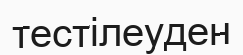
тестілеуден